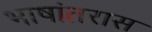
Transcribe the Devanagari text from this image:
भाषांतरास